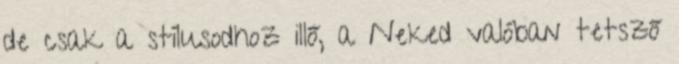
de csak a stílusodhoz illő, a Neked valóban tetsző